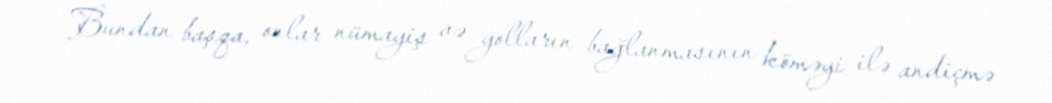
Bundan başqa, onlar nümayiş və yolların bağlanmasının köməyi ilə andiçmə